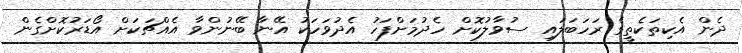
ދެން އެކިތަކެތީގެ ރަހަބަލައި ސުވާލުކޮށް ހެދުމަށްފަހު އެދުވަހަކު އޭނާ ބޭނުންވާ އެއްޗަކަށް އޯޑަރުކޮށްގެން